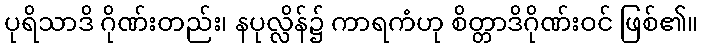
ပုရိသာဒိ ဂိုဏ်းတည်း၊ နပုလ္လိန်၌ ကာရကံဟု စိတ္တာဒိဂိုဏ်းဝင် ဖြစ်၏။